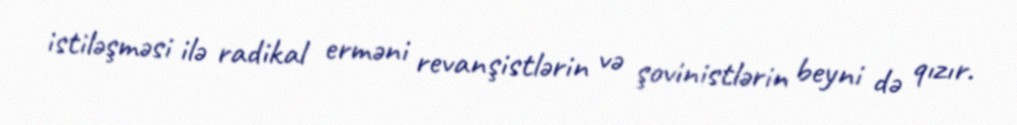
istiləşməsi ilə radikal erməni revanşistlərin və şovinistlərin beyni də qızır.